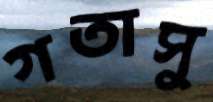
গতাসু